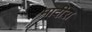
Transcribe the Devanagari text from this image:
मादीरा